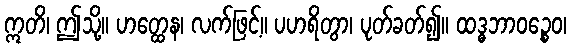
ဣတိ၊ ဤသို့။ ဟတ္ထေန၊ လက်ဖြင့်။ ပဟရိတွာ၊ ပုတ်ခတ်၍။ ထဒ္ဓဘာဝဉ္စေဝ၊